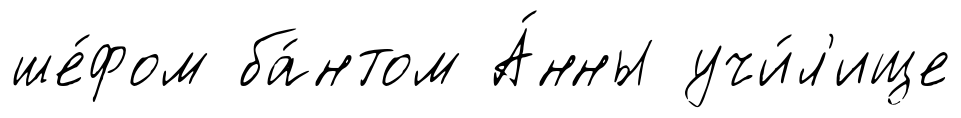
ше́фом ба́нтом А́нны учи́л'ище